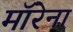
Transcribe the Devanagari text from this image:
मॉरेना